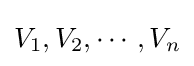
V_{1},V_{2},\cdots ,V_{n}